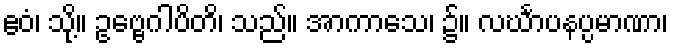
ဧဝံ၊ သို့။ ဥဗ္ဗေဂါပိတိ၊ သည်။ အာကာသေ၊ ၌။ လင်္ဃာပနပ္ပမာဏာ၊